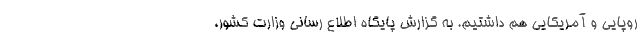
روپایی و آمریکایی هم داشتیم. به گزارش پایگاه اطلاع رسانی وزارت کشور،